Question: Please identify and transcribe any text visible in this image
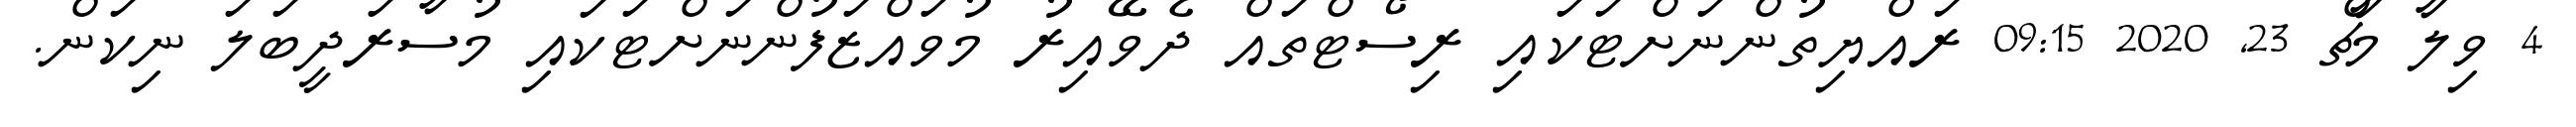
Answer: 4 ވިލާ މާޗް 23, 2020 09:15 ރައްޔިތުންނަށްޓަކައި ރިސޯޓްތައް ދެވޭއިރު މުވައްޒަފުންނަށްޓަކައި މުސާރަދީބަލަ ނިކަން.